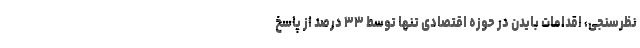
نظرسنجی، اقدامات بایدن در حوزه اقتصادی تنها توسط ۳۳ درصد از پاسخ‌